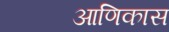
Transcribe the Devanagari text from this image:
आणिकास